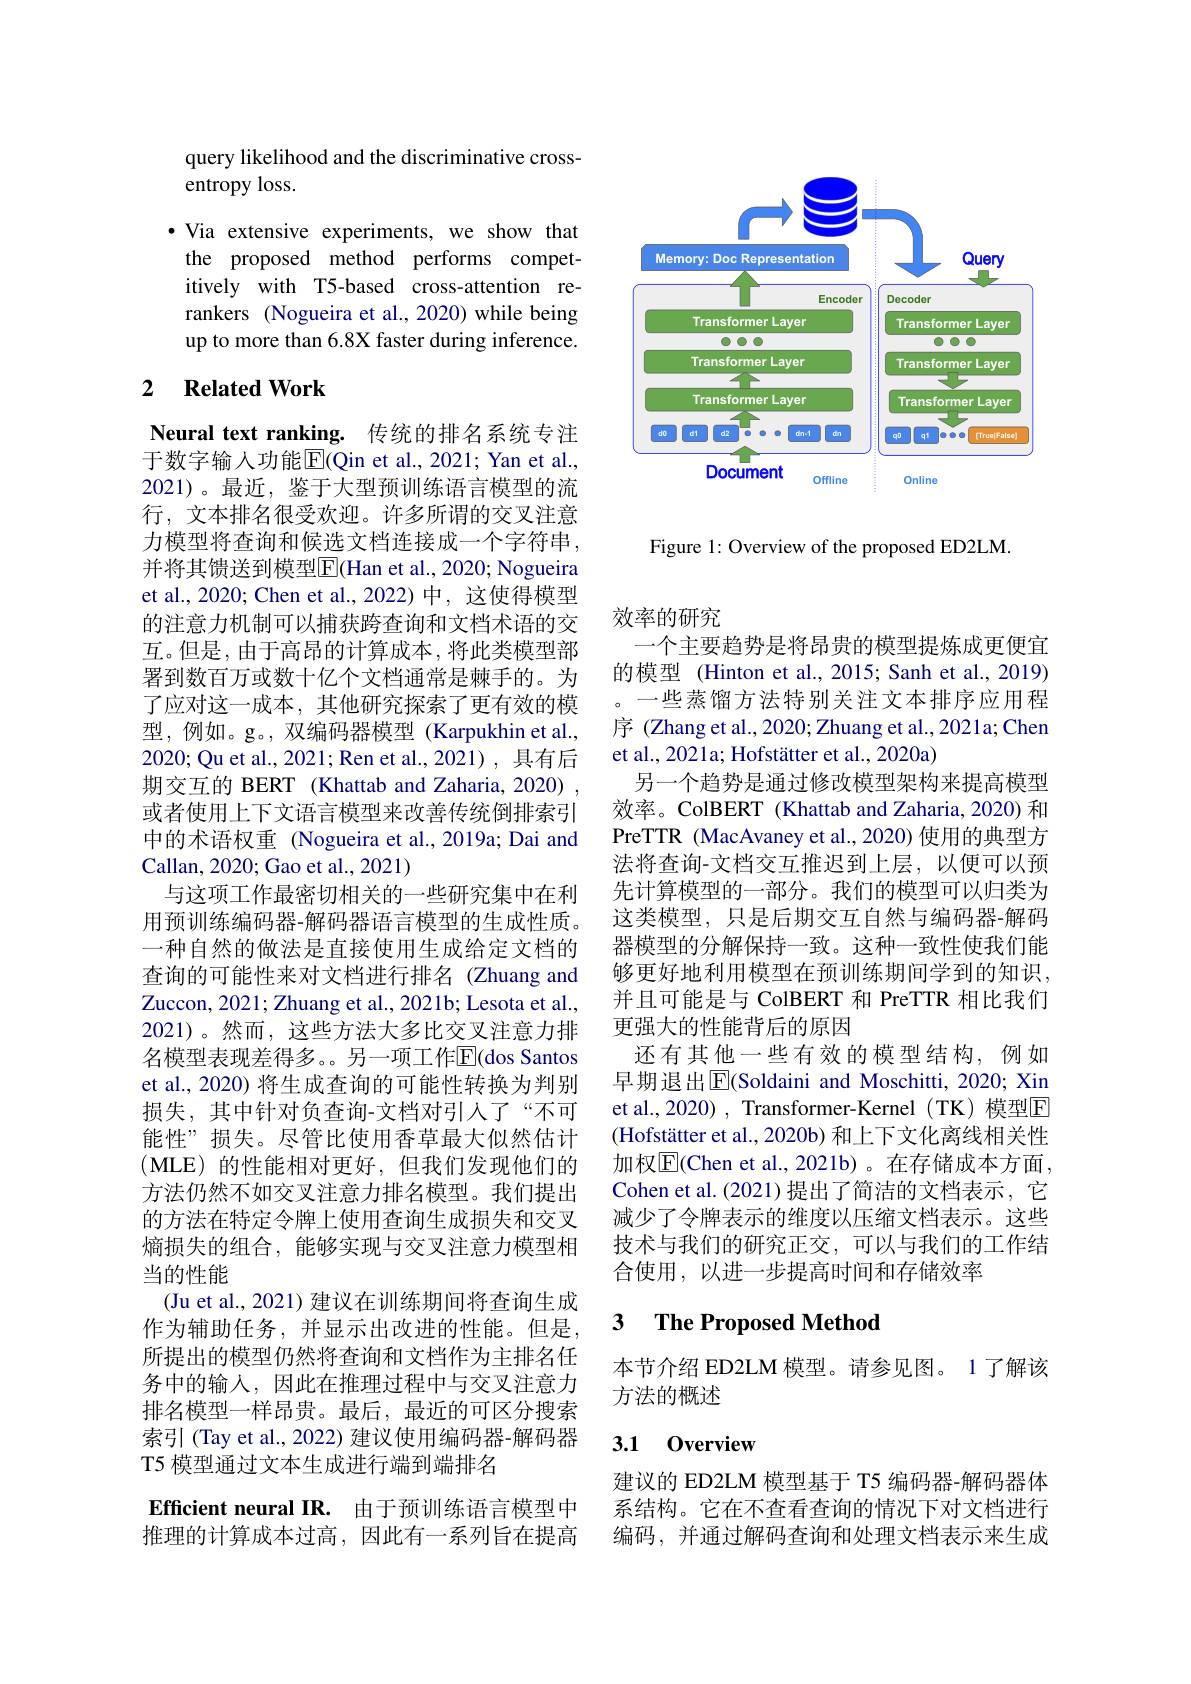
query likelihood and the discriminative cross-
entropy loss.

·Via extensive experiments, we show that
the proposed method performs competitively with T5-based cross-attention rerankers (Nogueira et al.,2020) while being up to more than 6.8X faster during inference.

### 2 $\textbf{Related Work}$

Neural text ranking. 传统的排名系统专注于数字输入功能$\overline{\mathrm{E}}($Qin et al., 2021; Yan et al., 2021)。最近，鉴于大型预训练语言模型的流行，文本排名很受欢迎。许多所谓的交叉注意力模型将查询和候选文档连接成一个字符串， 并将其馈送到模型$\overline{\mathrm{E}}($Han et al., 2020; Nogueira et al., 2020; Chen et al., 2022) 中，这使得模型的注意力机制可以捕获跨查询和文档术语的交互。但是，由于高昂的计算成本，将此类模型部署到数百万或数十亿个文档通常是棘手的。为了应对这一成本，其他研究探索了更有效的模型，例如。g。,双编码器模型(Karpukhin et al., 2020; Qu et al., 2021; Ren et al., 2021), 具有后期交互的 BERT (Khattab and Zaharia, 2020) , 或者使用上下文语言模型来改善传统倒排索引中的术语权重 (Nogueira et al.,2019a; Dai and Callan, 2020; Gao et al., 2021)
与这项工作最密切相关的一些研究集中在利用预训练编码器-解码器语言模型的生成性质。一种自然的做法是直接使用生成给定文档的查询的可能性来对文档进行排名(Zhuang and Zuccon, 2021; Zhuang et al., 2021b; Lesota et al., 2021)。然而，这些方法大多比交叉注意力排名模型表现差得多。另一项工作$\overline{\mathrm{E}}($dos Santos et al., 2020) 将生成查询的可能性转换为判别损失，其中针对负查询-文档对引入了“不可能性”损失。尽管比使用香草最大似然估计(MLE)的性能相对更好，但我们发现他们的方法仍然不如交叉注意力排名模型。我们提出的方法在特定令牌上使用查询生成损失和交叉熵损失的组合，能够实现与交叉注意力模型相当的性能
(Ju et al., 2021) 建议在训练期间将查询生成作为辅助任务，并显示出改进的性能。但是， 所提出的模型仍然将查询和文档作为主排名任务中的输入，因此在推理过程中与交叉注意力排名模型一样昂贵。最后，最近的可区分搜索索引 (Tay et al., 2022) 建议使用编码器-解码器T5 模型通过文本生成进行端到端排名
Efficient neural IR. 由于预训练语言模型中推理的计算成本过高，因此有一系列旨在提高

<FigureHere>

Figure 1: Overview of the proposed ED2LM

效率的研究
一个主要趋势是将昂贵的模型提炼成更便宜的模型 (Hinton et al., 2015; Sanh et al., 2019) 。一些蒸馏方法特别关注文本排序应用程序 (Zhang et al., 2020; Zhuang et al., 2021a; Chen et al., 2021a; Hofstätter et al., 2020a)
另一个趋势是通过修改模型架构来提高模型效率。ColBERT (Khattab and Zaharia, 2020) 和PreTTR (MacAvaney et al.,2020) 使用的典型方法将查询-文档交互推迟到上层，以便可以预先计算模型的一部分。我们的模型可以归类为这类模型，只是后期交互自然与编码器-解码器模型的分解保持一致。这种一致性使我们能够更好地利用模型在预训练期间学到的知识， 并且可能是与 ColBERT 和 PreTTR 相比我们更强大的性能背后的原因
还有其他一些有效的模型结构，例如早期退出$\overline{\mathrm{E}}$(Soldaini and Moschitti, 2020; Xin et al., 2020) , Transformer-Kernel (TK) 模型E (Hofstätter et al., 2020b) 和上下文化离线相关性加权$\overline{\mathrm{E}}($Chen et al.,2021b)。在存储成本方面， Cohen et al. (2021)提出了简洁的文档表示，它减少了令牌表示的维度以压缩文档表示。这些技术与我们的研究正交，可以与我们的工作结合使用，以进一步提高时间和存储效率

### 3 $\textbf{The Proposed Method}$

本节介绍 ED2LM 模型。请参见图。1 了解该
方法的概述

## 3.1 0verview

建议的 ED2LM 模型基于 T5 编码器-解码器体系结构。它在不查看查询的情况下对文档进行编码，并通过解码查询和处理文档表示来生成